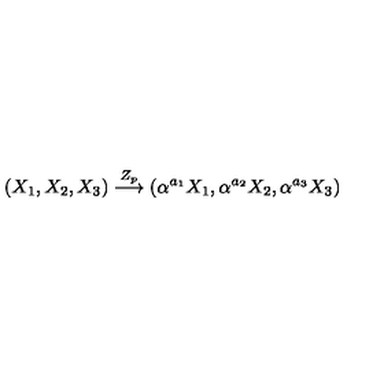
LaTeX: ( X _ { 1 } , X _ { 2 } , X _ { 3 } ) \stackrel { Z _ { p } } { \longrightarrow } ( \alpha ^ { a _ { 1 } } X _ { 1 } , \alpha ^ { a _ { 2 } } X _ { 2 } , \alpha ^ { a _ { 3 } } X _ { 3 } )